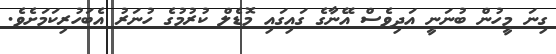
ގިނަ މީހުން ބުނަނީ އަދިވެސް އޭނާގެ ގައިގައި މޮޑެލް ކުރުމުގެ ހުނަރު އެބަހުރިކަމަށެވެ.